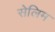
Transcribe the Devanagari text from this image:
सेलिम